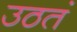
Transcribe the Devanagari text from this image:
उठतं